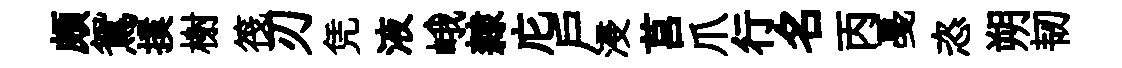
頗鴛撲榭筏刃凭液峨隸庀户浸莒爪行名丙戞恣朔韧